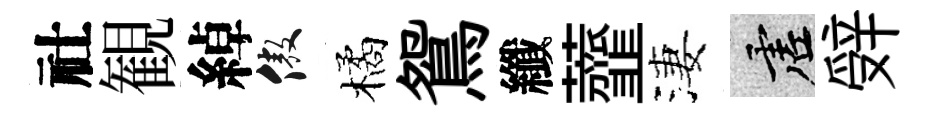
社観綽傲橘鴛纖虀淒虚辤